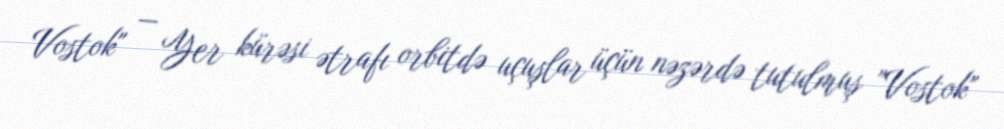
Vostok" — Yer kürəsi ətrafı orbitdə uçuşlar üçün nəzərdə tutulmuş "Vostok"